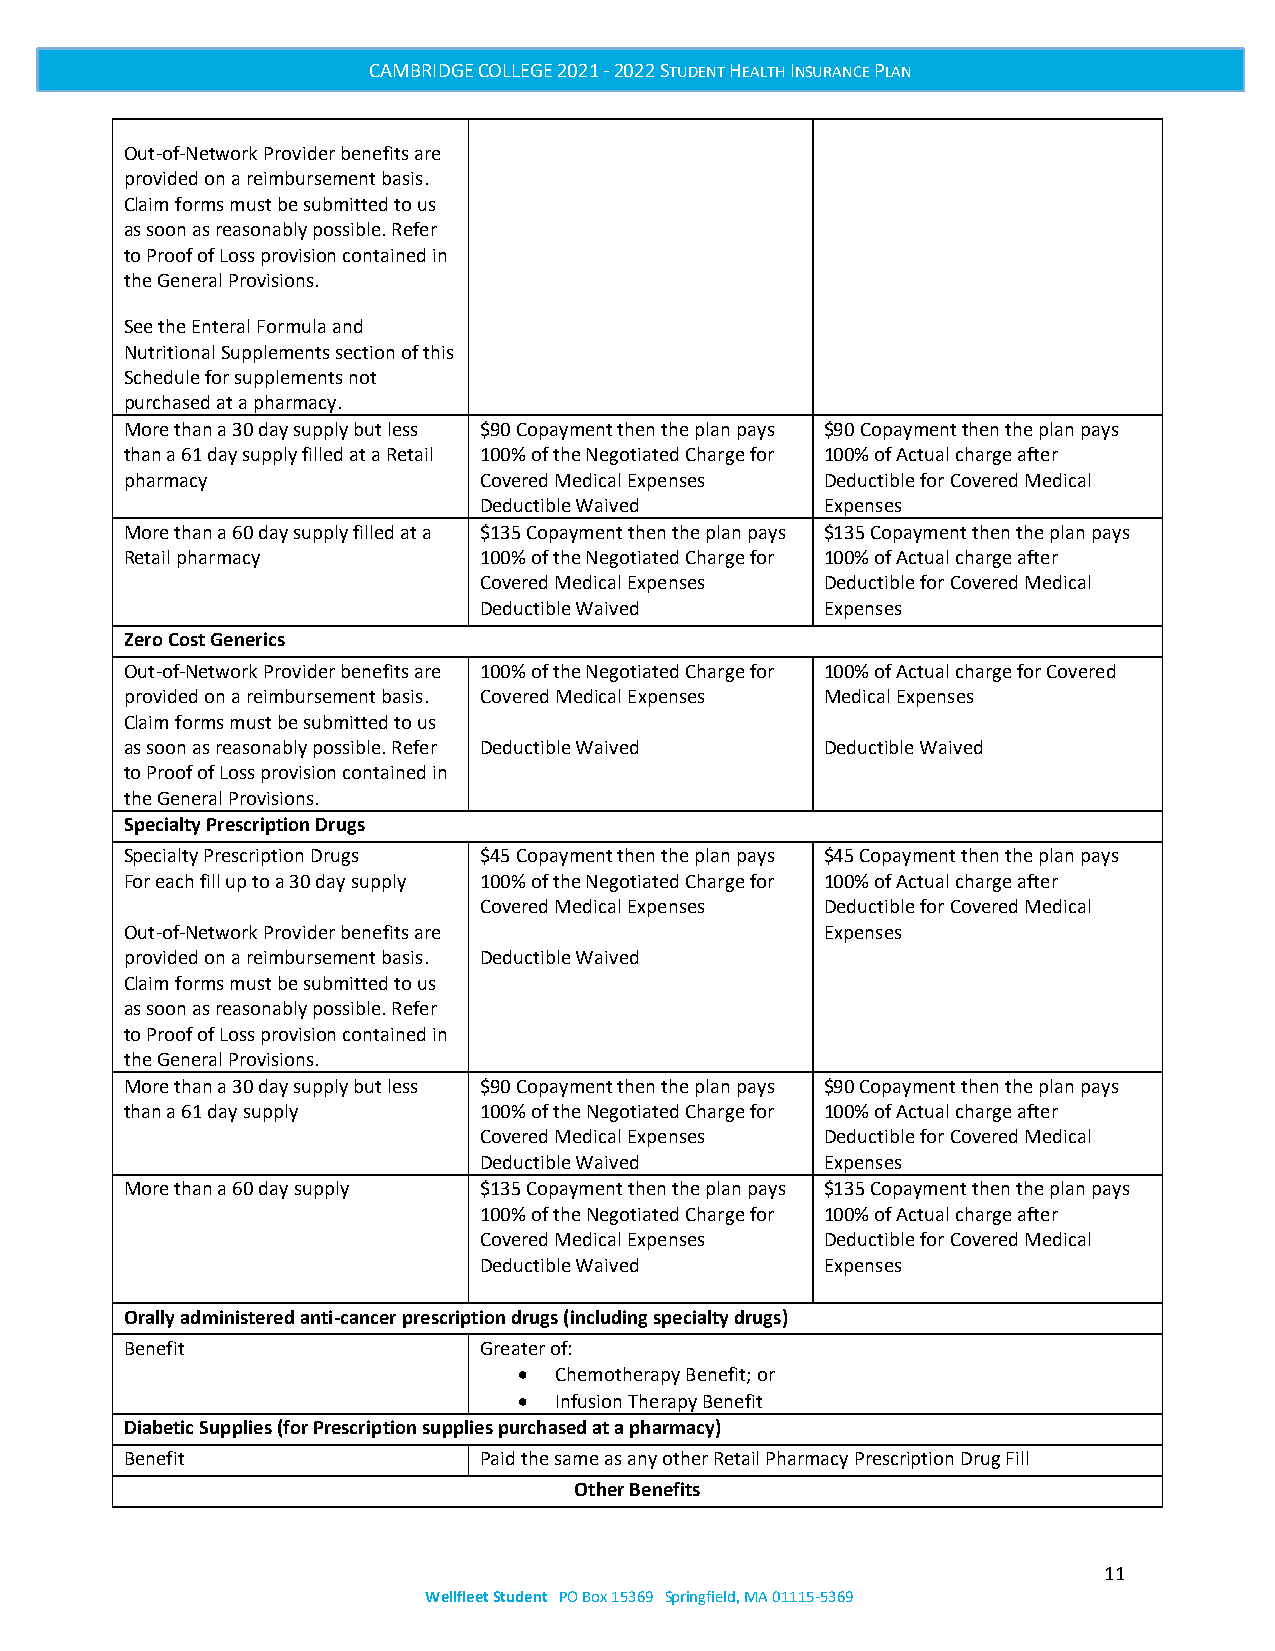
CAMBRIDGE COLLEGE 2021 - 2022 STUDENT HEALTH INSURANCE PLAN
 Out-of-Network Provider benefits are
 provided on a reimbursement basis.
 Claim forms must be submitted to us
 as soon as reasonably possible. Refer
 to Proof of Loss provision contained in
 the General Provisions.
 See the Enteral Formula and
 Nutritional Supplements section of this
 Schedule for supplements not
 purchased at a pharmacy.
 More than a 30 day supply but less $90 Copayment then the plan pays $90 Copayment then the plan pays
 than a 61 day supply filled at a Retail 100% of the Negotiated Charge for 100% of Actual charge after
 pharmacy                Covered Medical Expenses Deductible for Covered Medical
 Deductible Waived      Expenses
 More than a 60 day supply filled at a $135 Copayment then the plan pays $135 Copayment then the plan pays
 Retail pharmacy         100% of the Negotiated Charge for 100% of Actual charge after
 Covered Medical Expenses Deductible for Covered Medical
 Deductible Waived      Expenses
 Zero Cost Generics
 Out-of-Network Provider benefits are 100% of the Negotiated Charge for 100% of Actual charge for Covered
 provided on a reimbursement basis. Covered Medical Expenses Medical Expenses
 Claim forms must be submitted to us
 as soon as reasonably possible. Refer Deductible Waived Deductible Waived
 to Proof of Loss provision contained in
 the General Provisions.
 Specialty Prescription Drugs
 Specialty Prescription Drugs $45 Copayment then the plan pays $45 Copayment then the plan pays
 For each fill up to a 30 day supply 100% of the Negotiated Charge for 100% of Actual charge after
 Covered Medical Expenses Deductible for Covered Medical
 Out-of-Network Provider benefits are           Expenses
 provided on a reimbursement basis. Deductible Waived
 Claim forms must be submitted to us
 as soon as reasonably possible. Refer
 to Proof of Loss provision contained in
 the General Provisions.
 More than a 30 day supply but less $90 Copayment then the plan pays $90 Copayment then the plan pays
 than a 61 day supply    100% of the Negotiated Charge for 100% of Actual charge after
 Covered Medical Expenses Deductible for Covered Medical
 Deductible Waived      Expenses
 More than a 60 day supply $135 Copayment then the plan pays $135 Copayment then the plan pays
 100% of the Negotiated Charge for 100% of Actual charge after
 Covered Medical Expenses Deductible for Covered Medical
 Deductible Waived      Expenses
 Orally administered anti-cancer prescription drugs (including specialty drugs)
 Benefit                 Greater of:
 •  Chemotherapy Benefit; or
 •  Infusion Therapy Benefit
 Diabetic Supplies (for Prescription supplies purchased at a pharmacy)
 Benefit                 Paid the same as any other Retail Pharmacy Prescription Drug Fill
 Other Benefits
 11
 Wellfleet Student PO Box 15369 Springfield, MA 01115-5369